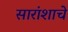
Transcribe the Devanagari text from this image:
सारांशाचे